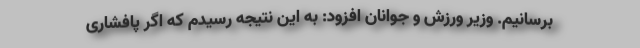
برسانیم. وزیر ورزش و جوانان افزود: به این نتیجه رسیدم که اگر پافشاری